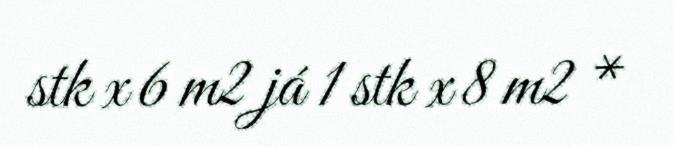
stk x 6 m2 já 1 stk x 8 m2 *